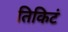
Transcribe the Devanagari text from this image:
तिकिटं